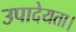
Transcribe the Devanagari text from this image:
उपादेयता।